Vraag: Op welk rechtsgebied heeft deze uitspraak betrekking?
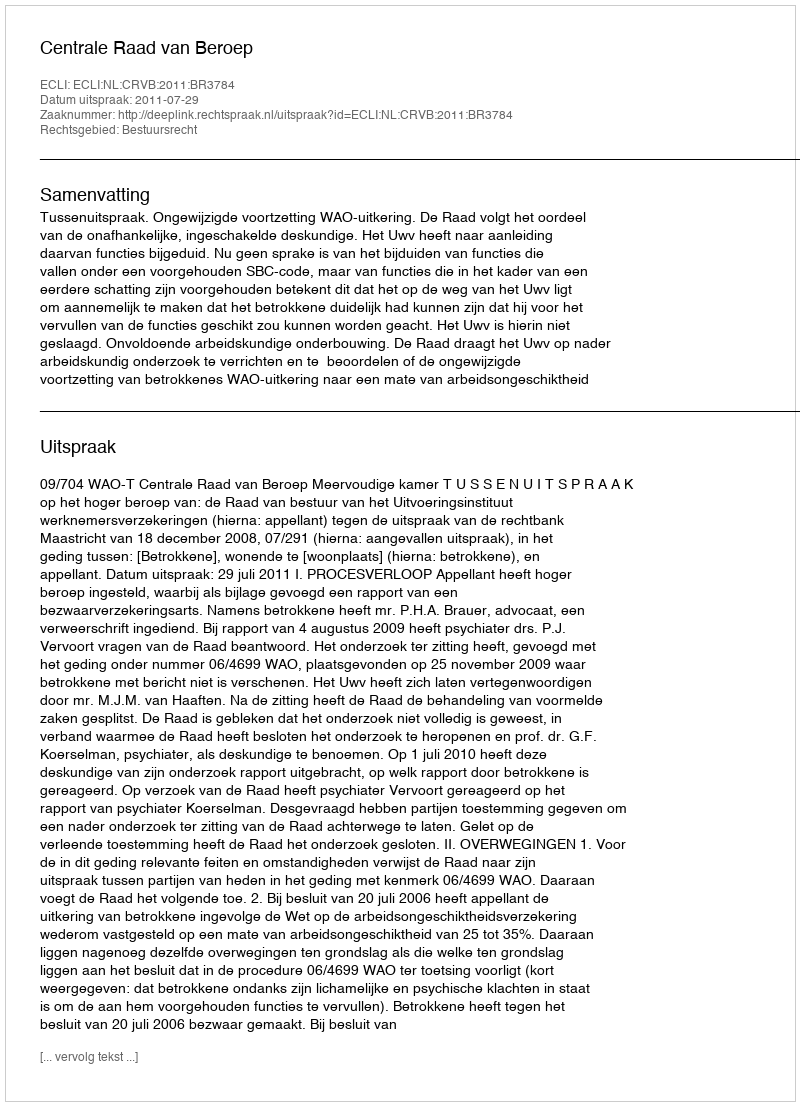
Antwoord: Bestuursrecht